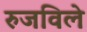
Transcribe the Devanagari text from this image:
रुजविले